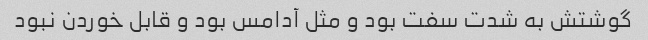
گوشتش به شدت سفت بود و مثل آدامس بود و قابل خوردن نبود